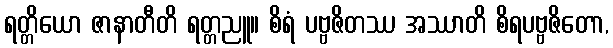
ရတ္တိယော ဇာနာတီတိ ရတ္တညူ။ စိရံ ပဗ္ဗဇိတဿ အဿာတိ စိရပဗ္ဗဇိတော,